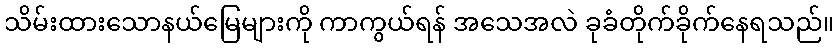
သိမ်းထားသောနယ်မြေများကို ကာကွယ်ရန် အသေအလဲ ခုခံတိုက်ခိုက်နေရသည်။